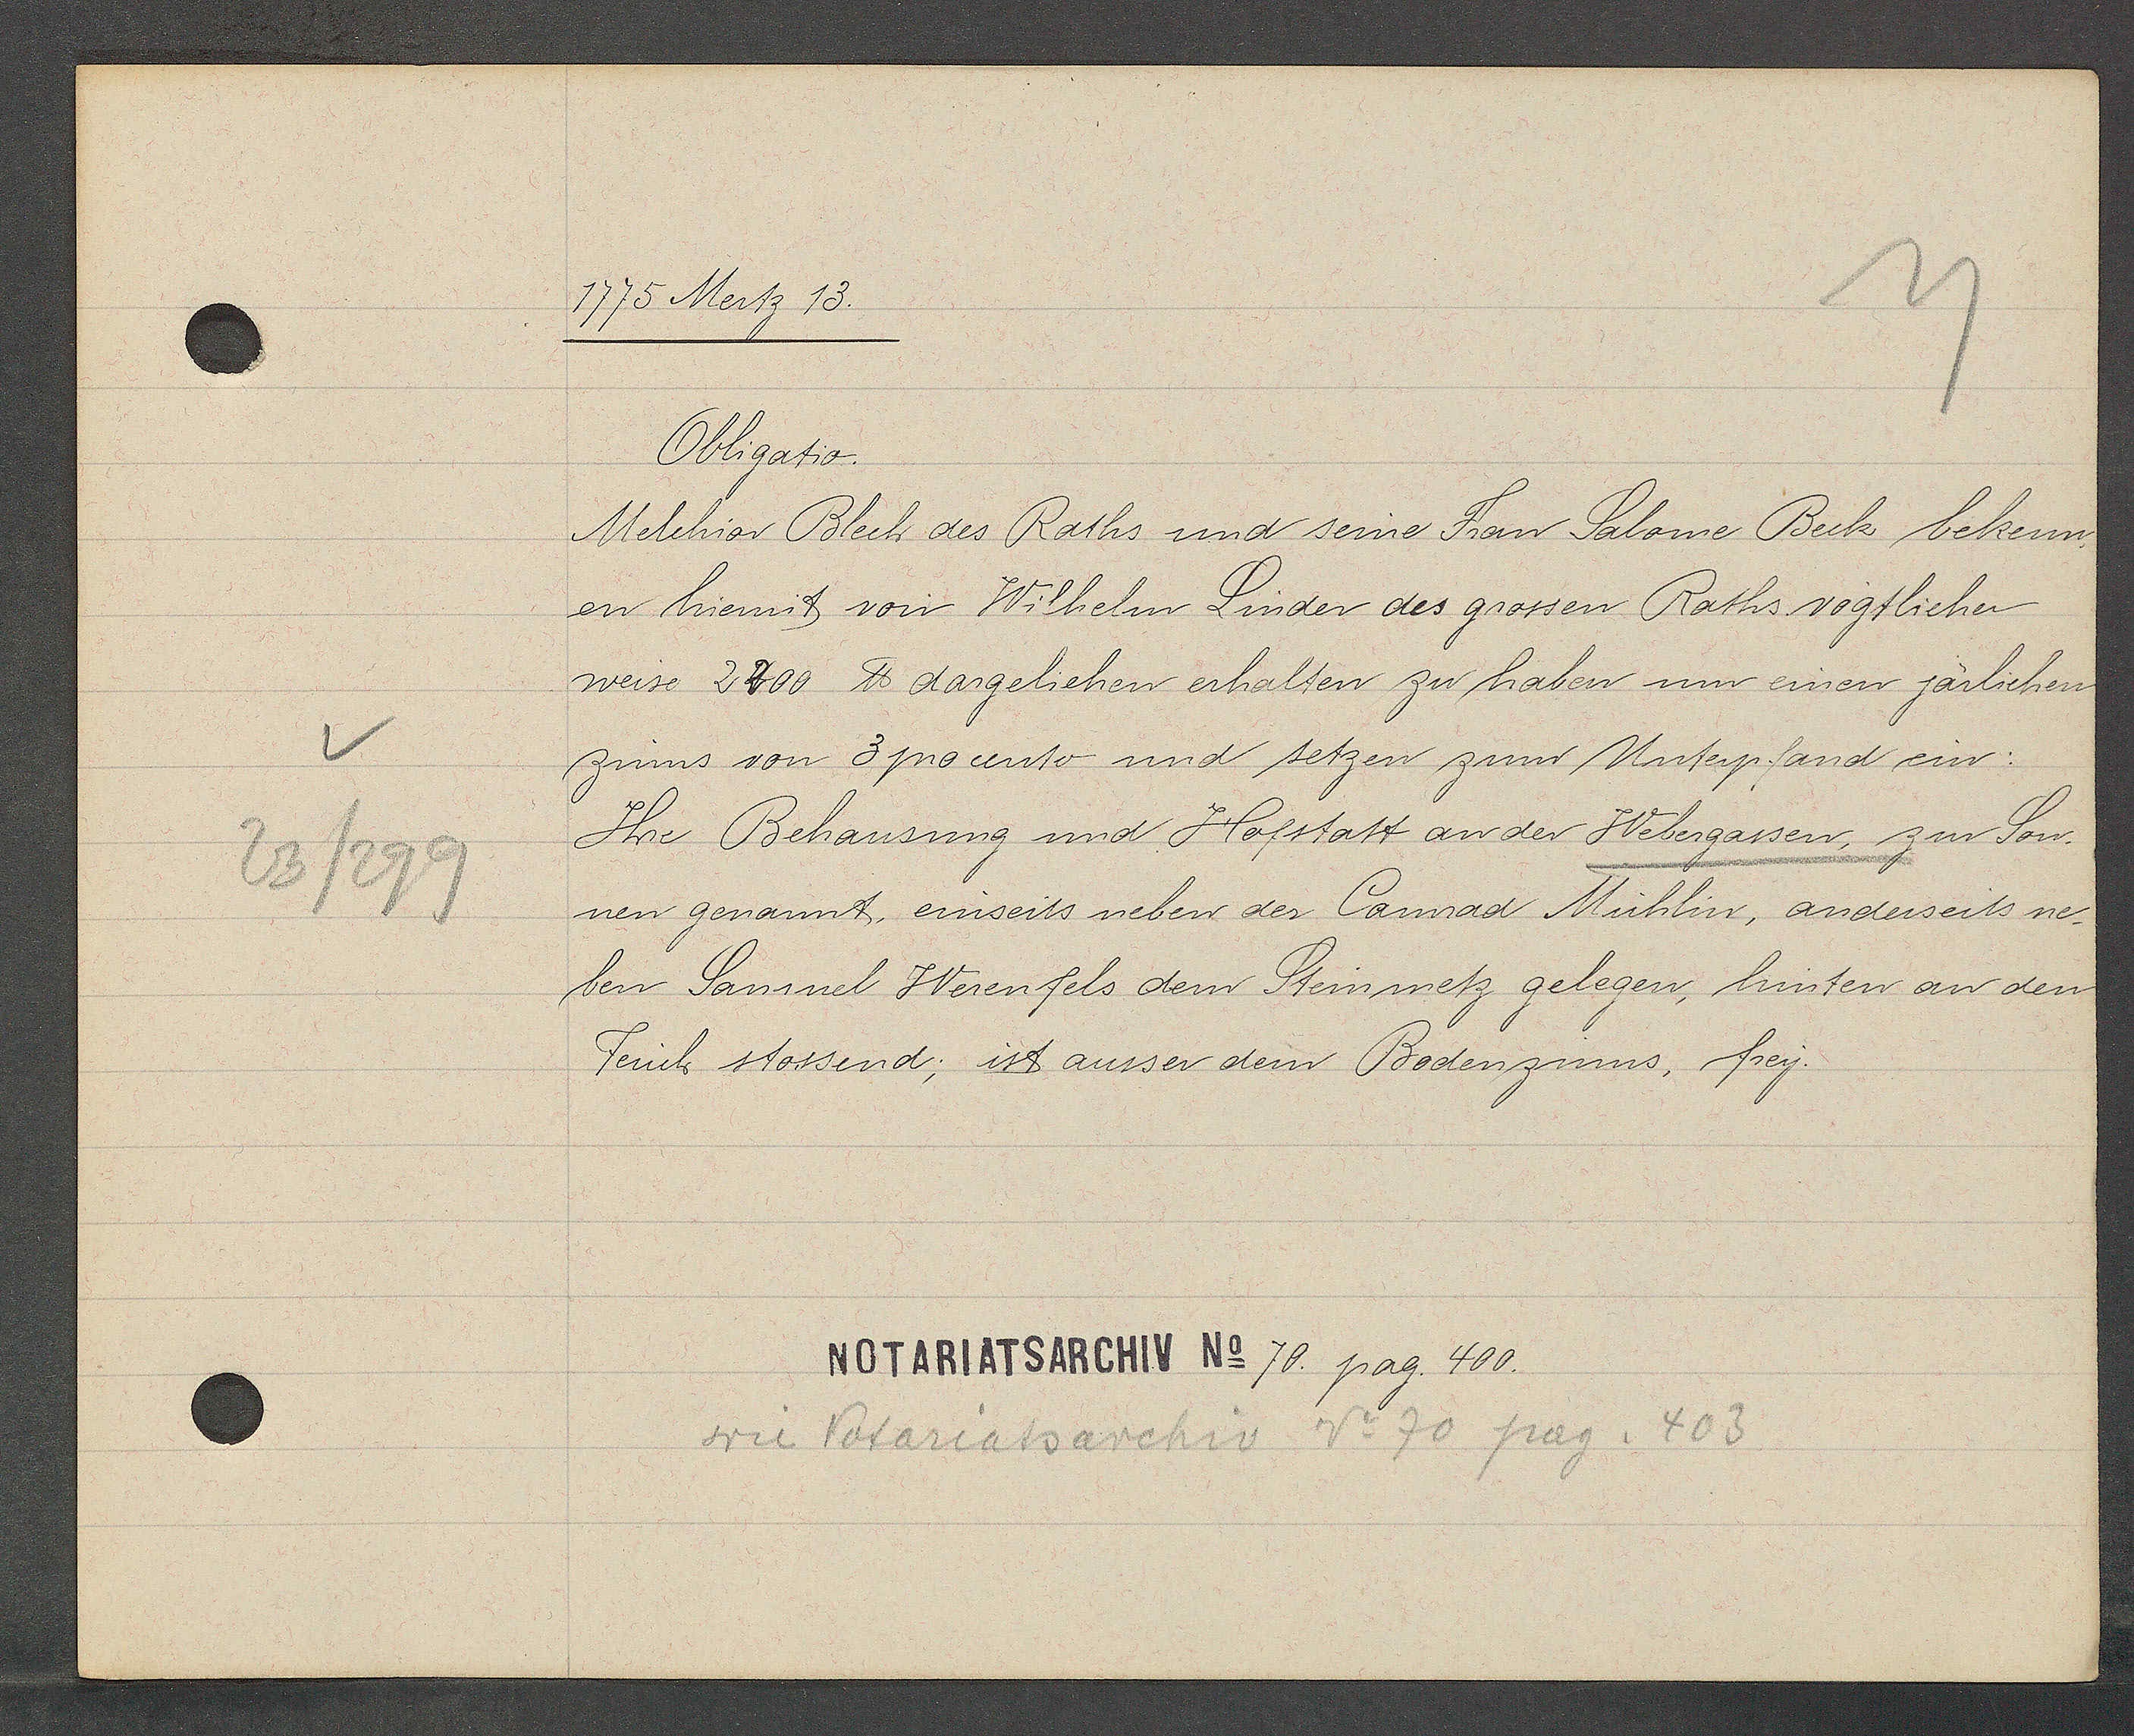
Transcript:
23/299

1775 Mertz 13.

Obligatio.
Melchior Blech des Raths und seine Frau Salome Beck bekenn¬
en hiemit von Wilhelm Linder des grossen Raths vogtlicher
weise 2800 ℔ dargeliehen erhalten zu haben um einen järlichen
zinns von 3 procento und setzen zum Unterpfand ein:
Ihre Behausung und Hofstatt an der Webergassen, zur Son-
nen genannt, einseits neben der Camrad Mühlin, anderseits ne¬
ben Sanuel Werenfels dem Steinmetz gelegen, hinten an den
Teuch stossend; ist auser dem Bodenzinns, frey.

Notariatsarchiv No 70. pag. 400.

wie Notariatsarchiv. No 70 pag. 403